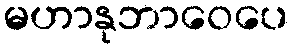
မဟာနုဘာဝေပေ